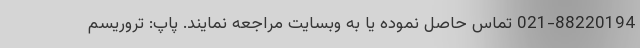
021-88220194 تماس حاصل نموده یا به وبسایت مراجعه نمایند. پاپ: تروریسم